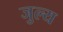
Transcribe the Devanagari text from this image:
जुल्य